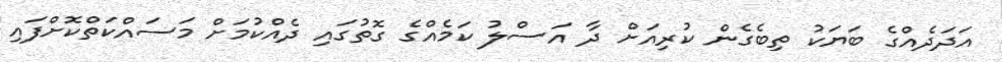
އަދަދެއްގެ ބަޔަކު ތިބެގެން ކުރިއަށް ދާ އަސްލު ކަމެއްގެ ގޮތުގައި ދެއްކުމަށް މަސައްކަތްކޮށްފައި